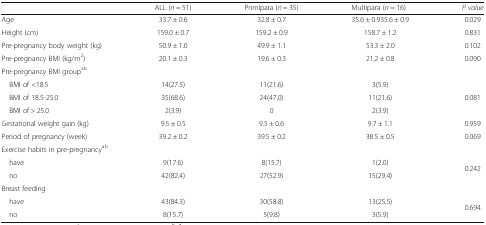
<table><thead><tr><td></td><td><b>ALL (<i>n</i> = 51)</b></td><td><b>Primipara (<i>n</i> = 35)</b></td><td><b>Multipara (<i>n</i> = 16)</b></td><td><b><i>P value</i></b></td></tr></thead><tbody><tr><td>Age</td><td>33.7 ± 0.6</td><td>32.8 ± 0.7</td><td>35.6 ± 0.935.6 ± 0.9</td><td>0.029</td></tr><tr><td>Height (cm)</td><td>159.0 ± 0.7</td><td>159.2 ± 0.9</td><td>158.7 ± 1.2</td><td>0.831</td></tr><tr><td>Pre-pregnancy body weight (kg)</td><td>50.9 ± 1.0</td><td>49.9 ± 1.1</td><td>53.3 ± 2.0</td><td>0.102</td></tr><tr><td>Pre-pregnancy BMI (kg/m<sup>2</sup>)</td><td>20.1 ± 0.3</td><td>19.6 ± 0.3</td><td>21.2 ± 0.8</td><td>0.090</td></tr><tr><td colspan="5">Pre-pregnancy BMI group<sup>ab</sup></td></tr><tr><td> BMI of &lt;18.5</td><td>14(27.5)</td><td>11(21.6)</td><td>3(5.9)</td><td rowspan="3">0.081</td></tr><tr><td> BMI of 18.5-25.0</td><td>35(68.6)</td><td>24(47.0)</td><td>11(21.6)</td></tr><tr><td> BMI of &gt; 25.0</td><td>2(3.9)</td><td>0</td><td>2(3.9)</td></tr><tr><td>Gestational weight gain (kg)</td><td>9.5 ± 0.5</td><td>9.5 ± 0.6</td><td>9.7 ± 1.1</td><td>0.959</td></tr><tr><td>Period of pregnancy (week)</td><td>39.2 ± 0.2</td><td>39.5 ± 0.2</td><td>38.5 ± 0.5</td><td>0.069</td></tr><tr><td colspan="5">Exercise habits in pre-pregnancy<sup>ab</sup></td></tr><tr><td> have</td><td>9(17.6)</td><td>8(15.7)</td><td>1(2.0)</td><td rowspan="2">0.242</td></tr><tr><td> no</td><td>42(82.4)</td><td>27(52.9)</td><td>15(29.4)</td></tr><tr><td colspan="5">Breast feeding</td></tr><tr><td> have</td><td>43(84.3)</td><td>30(58.8)</td><td>13(25.5)</td><td rowspan="2">0.694</td></tr><tr><td> no</td><td>8(15.7)</td><td>5(9.8)</td><td>3(5.9)</td></tr></tbody></table>